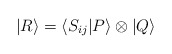
\begin{align*}|R\rangle=\langle S_{ij}|P\rangle\otimes |Q\rangle\end{align*}